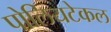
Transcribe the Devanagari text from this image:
पोलियटेकल